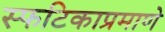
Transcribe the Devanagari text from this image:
स्फटिकाप्रमाणे